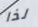
لذا